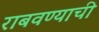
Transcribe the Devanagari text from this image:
राबवण्याची